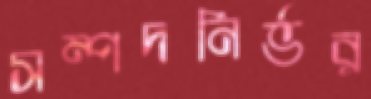
সম্পদনির্ভর